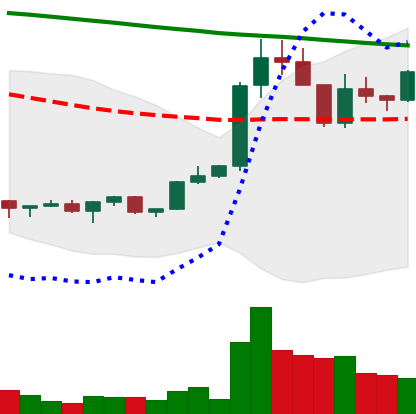
Ticker: XRP-USD
Chart end date: 2022-02-15
Forward return: -8.686%
Label: down_7plus